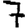
Digit: 7